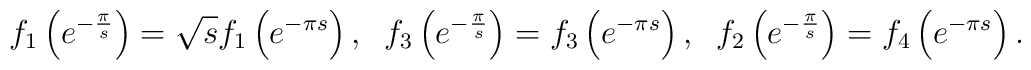
f_1\left( e^{-\frac{\pi}{s}}\right) = \sqrt{s}    f_1\left( e^{-\pi     s}\right), \;\; f_3\left( e^{-\frac{\pi}{s}}\right) = f_3\left(    e^{-\pi s}\right),\;\; f_2\left( e^{-\frac{\pi}{s}}\right) = f_4    \left( e^{-\pi s}\right) .